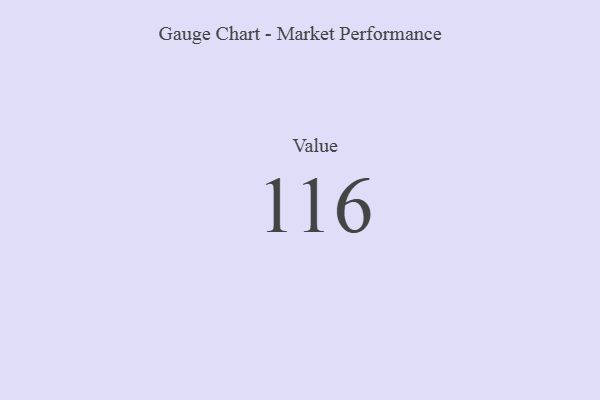
{"axis": {"x": "Metric", "y": "Value"}, "legend": [""], "data": [{"x": "Value", "y": 116, "type": ""}]}